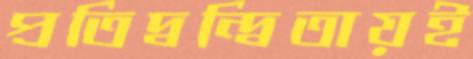
প্রতিদ্বন্দ্বিতায়ই